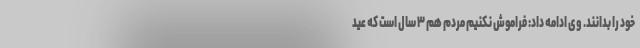
خود را بدانند. وی ادامه داد: فراموش نکنیم مردم هم ۳ سال است که عید